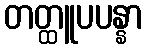
တတ္ထူပပန္နာ